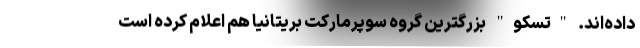
داده‌اند. "تسکو" بزرگترین گروه سوپرمارکت بریتانیا هم اعلام کرده است